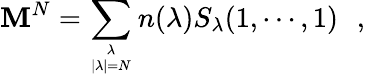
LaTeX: \mathbf{M}^{N}=\sum_{{\lambda\atop|\lambda|=N}}n(\lambda)S_{\lambda}(1,\cdots,1)\, \, \, \, ,